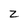
Character: 2